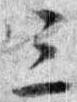
三